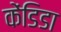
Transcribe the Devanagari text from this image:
केंडिडा